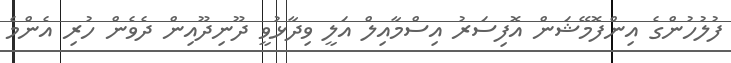
ފުލުހުންގެ އިންފޮމޭޝަން އޮފިސަރު އިސްމާއިލް އަލީ ވިދާޅުވީ ދޫނިދޫއިން ދެވެން ހުރި އެންމެ